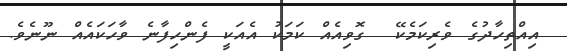
އިއްތިހާދުގެ ވެރިކަމެކޭ  ގޮވިއެއް ކަމަކު އެއަކީ ފެންހިފާނެ ވާހަކައެއް ނޫނެވެ.